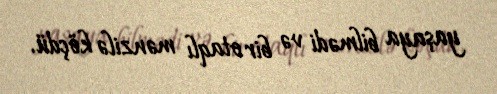
yaşaya bilmədi və bir otaqlı mənzilə köçdü.